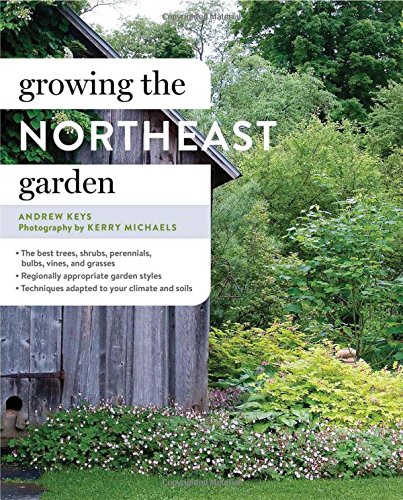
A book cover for Growing the Northeast Garden; Andrew Keys; Crafts, Hobbies & Home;